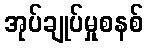
အုပ်ချုပ်မှုစနစ်